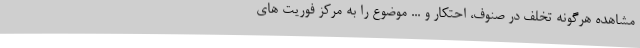
مشاهده هرگونه تخلف در صنوف، احتکار و ... موضوع را به مرکز فوریت های